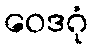
ဝေဒဂုံ